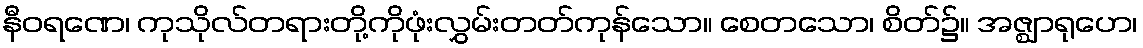
နီဝရဏေ၊ ကုသိုလ်တရားတို့ကိုဖုံးလွှမ်းတတ်ကုန်သော။ စေတသော၊ စိတ်၌။ အဇ္ဈာရုဟေ၊